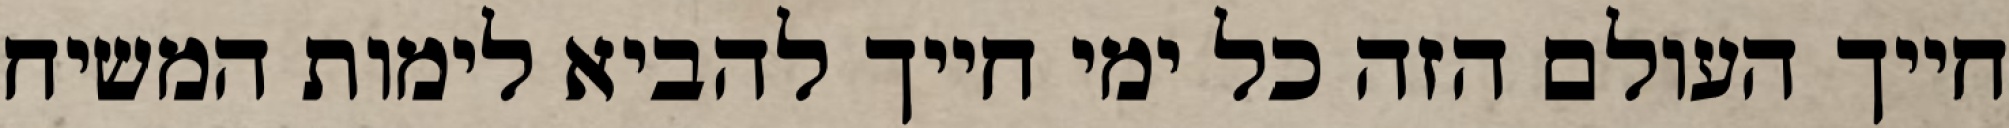
חייך העולם הזה כל ימי חייך להביא לימות המשיח